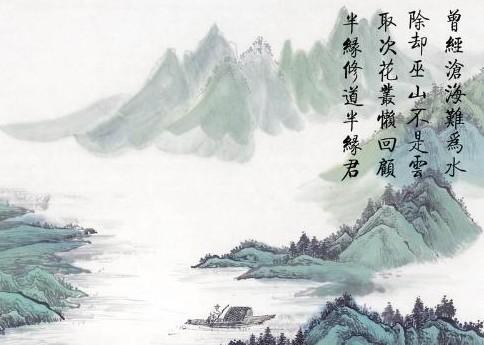
方舟安可极，离思故难任！